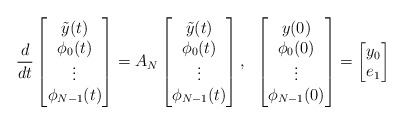
\begin{align*}\frac{d}{dt}\begin{bmatrix}\tilde{y}(t)\\\phi_0(t)\\\vdots\\\phi_{N-1}(t)\\\end{bmatrix}=A_N\begin{bmatrix}\tilde{y}(t)\\\phi_0(t)\\\vdots\\\phi_{N-1}(t)\\\end{bmatrix},\;\;\begin{bmatrix}y(0)\\\phi_0(0)\\\vdots\\\phi_{N-1}(0)\\\end{bmatrix}=\begin{bmatrix}y_0\\e_1\end{bmatrix}\end{align*}